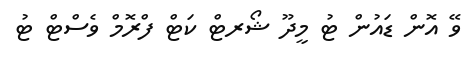
ވޭ އޮން ޑައުން ޓު މީދޫ ޝޯރޓް ކަޓް ފްރޮމް ވެސްޓް ޓު